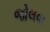
જોલવા